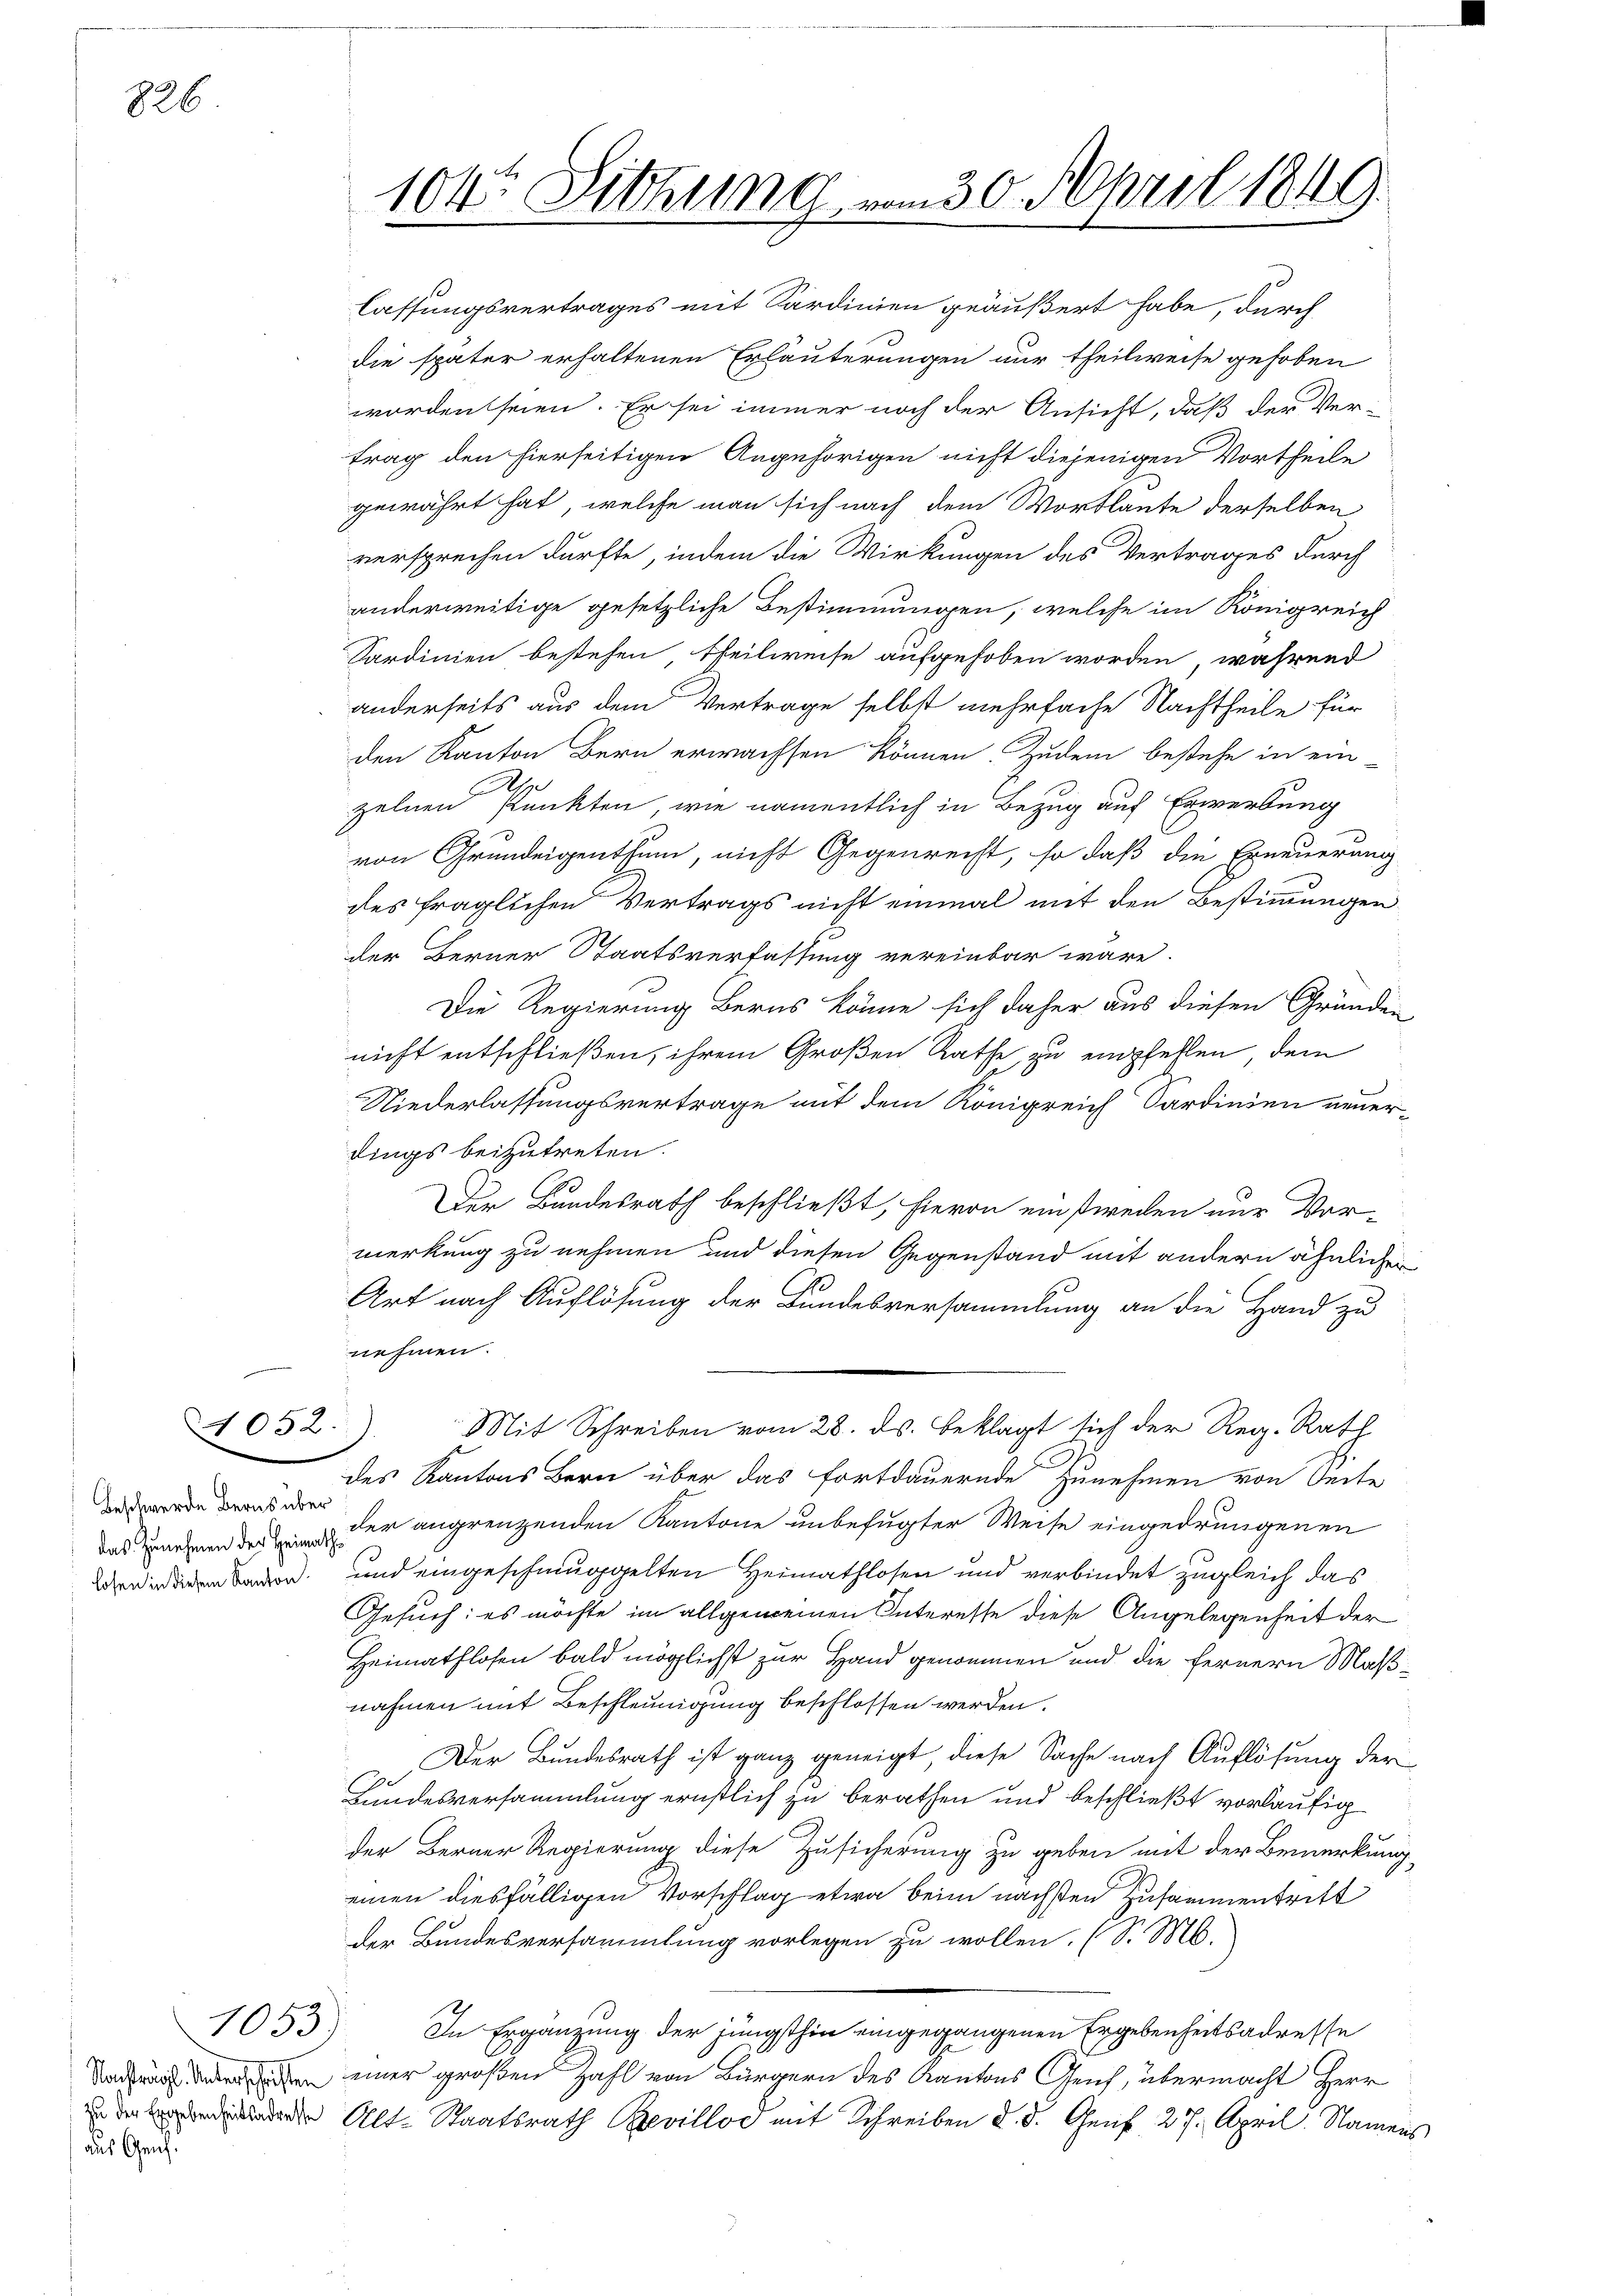
226

Beschwerde Berns über
losen in diesem Kanton

1052.

1053

aus Genf.

lassungsvertrages mit Sardinien geäußert habe, durch
die später erhaltenen Erläuterungen nur theilweise gehoben
wordent seien. Er sei immer noch der Ansicht, daß der Ver-

104te Sitzung vom 30. April 1849.

trag den hierseitigen Angehörigen nicht diejenigen Vortheile
gewährt hat, welche man sich nach dem Wortlaute derselben
versprechen dürfte, indem die Wirkungen des Vertrages durch
anderweitige gesetzliche Bestimmungen, welche im Königreich
Sardinien bestehen, theilweise aufgehoben worden, während
anderseits aus dem Vertrage selbst mehrfache Nachtheile für
den Kanton Bern erwachsen können. Zudem bestehe in ein-
A
zelnen Punkten, wie namentlich in Bezug auf Erwerbung
von Grundeigenthum, nicht Gegenrecht, so daß die Erneuerung
des fraglichen Vertrags nicht einmal mit den Bestimmungen
der Berner Staatsverfassung vereinbar wäre.
Die Regierung Berns könne sich daher aus diesen Gründen
nicht entschließen, ihrem Großen Rathe zu empfehlen, dem
Niederlassungsvertrage mit dem Königreich Sardinien neuerdings beizutreten.
Der Bundesrath beschließt, hievon einstweilen nur Vormerkung zu nehmen und diesen Gegenstand mit andern ähnlichen
Art nach Auflösung der Bundesversammlung an die Hand zu
nehmen.
Mit Schreiben vom 28. ds. beklagt sich der Reg. Rath
des Kantons Bern über das fortdauernde Zunehmen von Seite
das unehmen der der angrenzenden Kantone unbefugter Weise eingedrungenen
und eingeschmuggelten Heimathlosen und verbindet zugleich das
Gesuch: es möchte im allgemeinen Interesse diese Angelegenheit der
Heimathlosen bald möglichst zur Hand genommen und die fernern Maßnahmen mit Beschleunigung beschlossen werden.
Der Bundesrath ist ganz geneigt, diese Sache nach Auflösung der
Lundesversammlung ernstlich zu berathen und beschließt vorläufig
der Berner Regierung diese Zusicherung zu geben mit der Bemerkung
einen diesfälligen Vorschlag etwa beim nächsten Zusammentritt
der Bundesversammlung vorlegen zu wollen. (S. M.
In Ergänzung der jüngsthin eingegangenen Ergebenheitsadresse
en einer großen Zahl von Bürgern des Kantons Genf, übermacht Herr
 Alt-Staatsrath Bevillod mit Schreiben d. d. Genf, 27. April. Namens

.